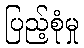
ပြည့်စုံမှု